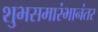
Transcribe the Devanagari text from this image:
शुभसमारंभानंतर